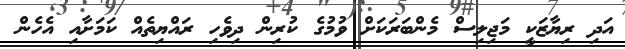
އަދި ރިޔާޒަކީ މަޖިލިސް މެންބަރަކަށް ވުމުގެ ކުރިން ދިވެހި ރައްޔިތެއް ކަމަށާއި އެހެން